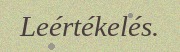
Leértékelés.